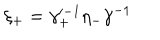
LaTeX: \xi _ { + } = \gamma _ { + } ^ { \prime - 1 } \eta _ { - } \gamma ^ { - 1 }